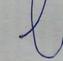
Signature authenticity: forged